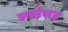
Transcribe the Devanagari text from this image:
आईसह